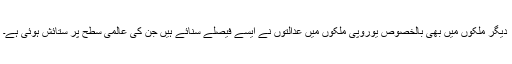
دیگر ملکوں میں بھی بالخصوص یوروپی ملکوں میں عدالتوں نے ایسے فیصلے سنائے ہیں جن کی عالمی سطح پر ستائش ہوئی ہے۔